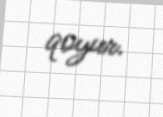
qoyur.